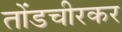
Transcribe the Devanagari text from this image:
तोंडचीरकर